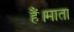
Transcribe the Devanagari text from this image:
हैं।माता